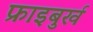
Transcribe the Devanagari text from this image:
फ्राइबुर्ख